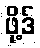
ဖို့ဒ်